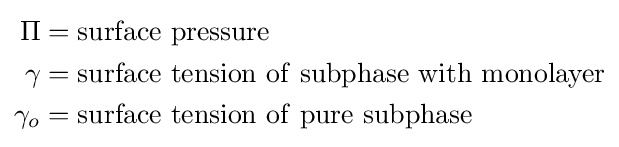
{\begin{aligned}\Pi &=\mathrm {surface\ pressure} \\\gamma &=\mathrm {surface\ tension\ of\ subphase\ with\ monolayer} \\\gamma _{o}&=\mathrm {surface\ tension\ of\ pure\ subphase} \end{aligned}}